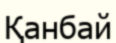
Қанбай